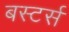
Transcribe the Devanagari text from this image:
बस्टर्स